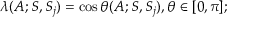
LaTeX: \lambda ( A ; { \cal S } , { \cal S } _ { j } ) = \cos \theta ( A ; { \cal S } , { \cal S } _ { j } ) , \theta \in [ 0 , \pi ] ;